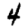
Digit: 4